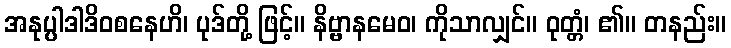
အနုပ္ပါဒါဒိဝစနေဟိ၊ ပုဒ်တို့ ဖြင့်။ နိဗ္ဗာနမေဝ၊ ကိုသာလျှင်။ ဝုတ္တံ၊ ၏။ တနည်း။